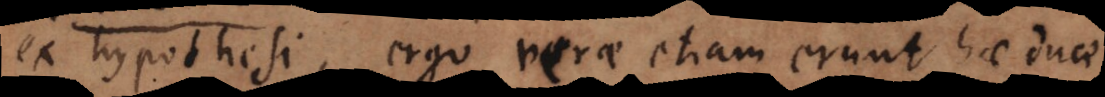
ex hypothesi, ergo verae etiam erunt hae duae